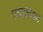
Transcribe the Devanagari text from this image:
भालचन्द्राय